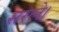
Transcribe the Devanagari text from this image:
सरले।